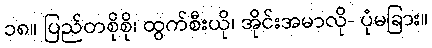
၁၈။ ပြည်တစိုစို၊ ထွက်စီးယို၊ အိုင်းအမာလို- ပုံမခြား။